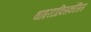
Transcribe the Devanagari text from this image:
थाइरटाक्सिकोसिस